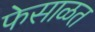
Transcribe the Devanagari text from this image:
फेसाळत